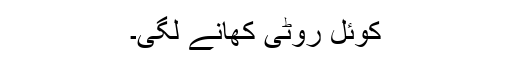
کوئل روٹی کھانے لگی۔